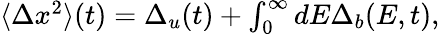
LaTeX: \begin{array}{r}{\langle\Delta x^{2}\rangle(t)=\Delta_{u}(t)+\int_{0}^{\infty}dE\Delta_{b}(E,t),}\end{array}